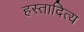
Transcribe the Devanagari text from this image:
हस्तादित्य